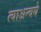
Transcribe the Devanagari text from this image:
त्याअन्वये